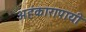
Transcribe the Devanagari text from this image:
अहंकारापायी